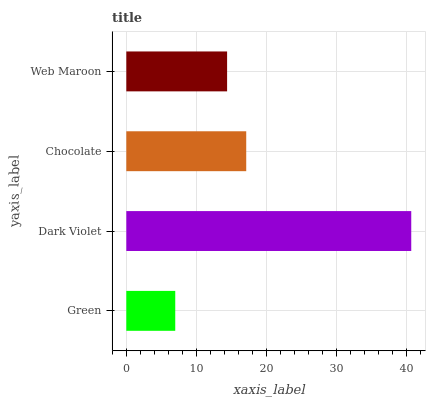
| yaxis_label | bars |
 | --- | --- |
 | Green | 7 |
 | Dark Violet | 40.7 |
 | Chocolate | 17.1 |
 | Web Maroon | 14.4 |